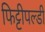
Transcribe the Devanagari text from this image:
फिट्टीपल्डी